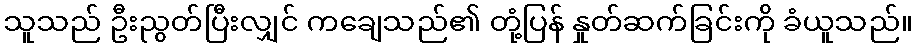
သူသည် ဦးညွတ်ပြီးလျှင် ကချေသည်၏ တုံ့ပြန် နှုတ်ဆက်ခြင်းကို ခံယူသည်။